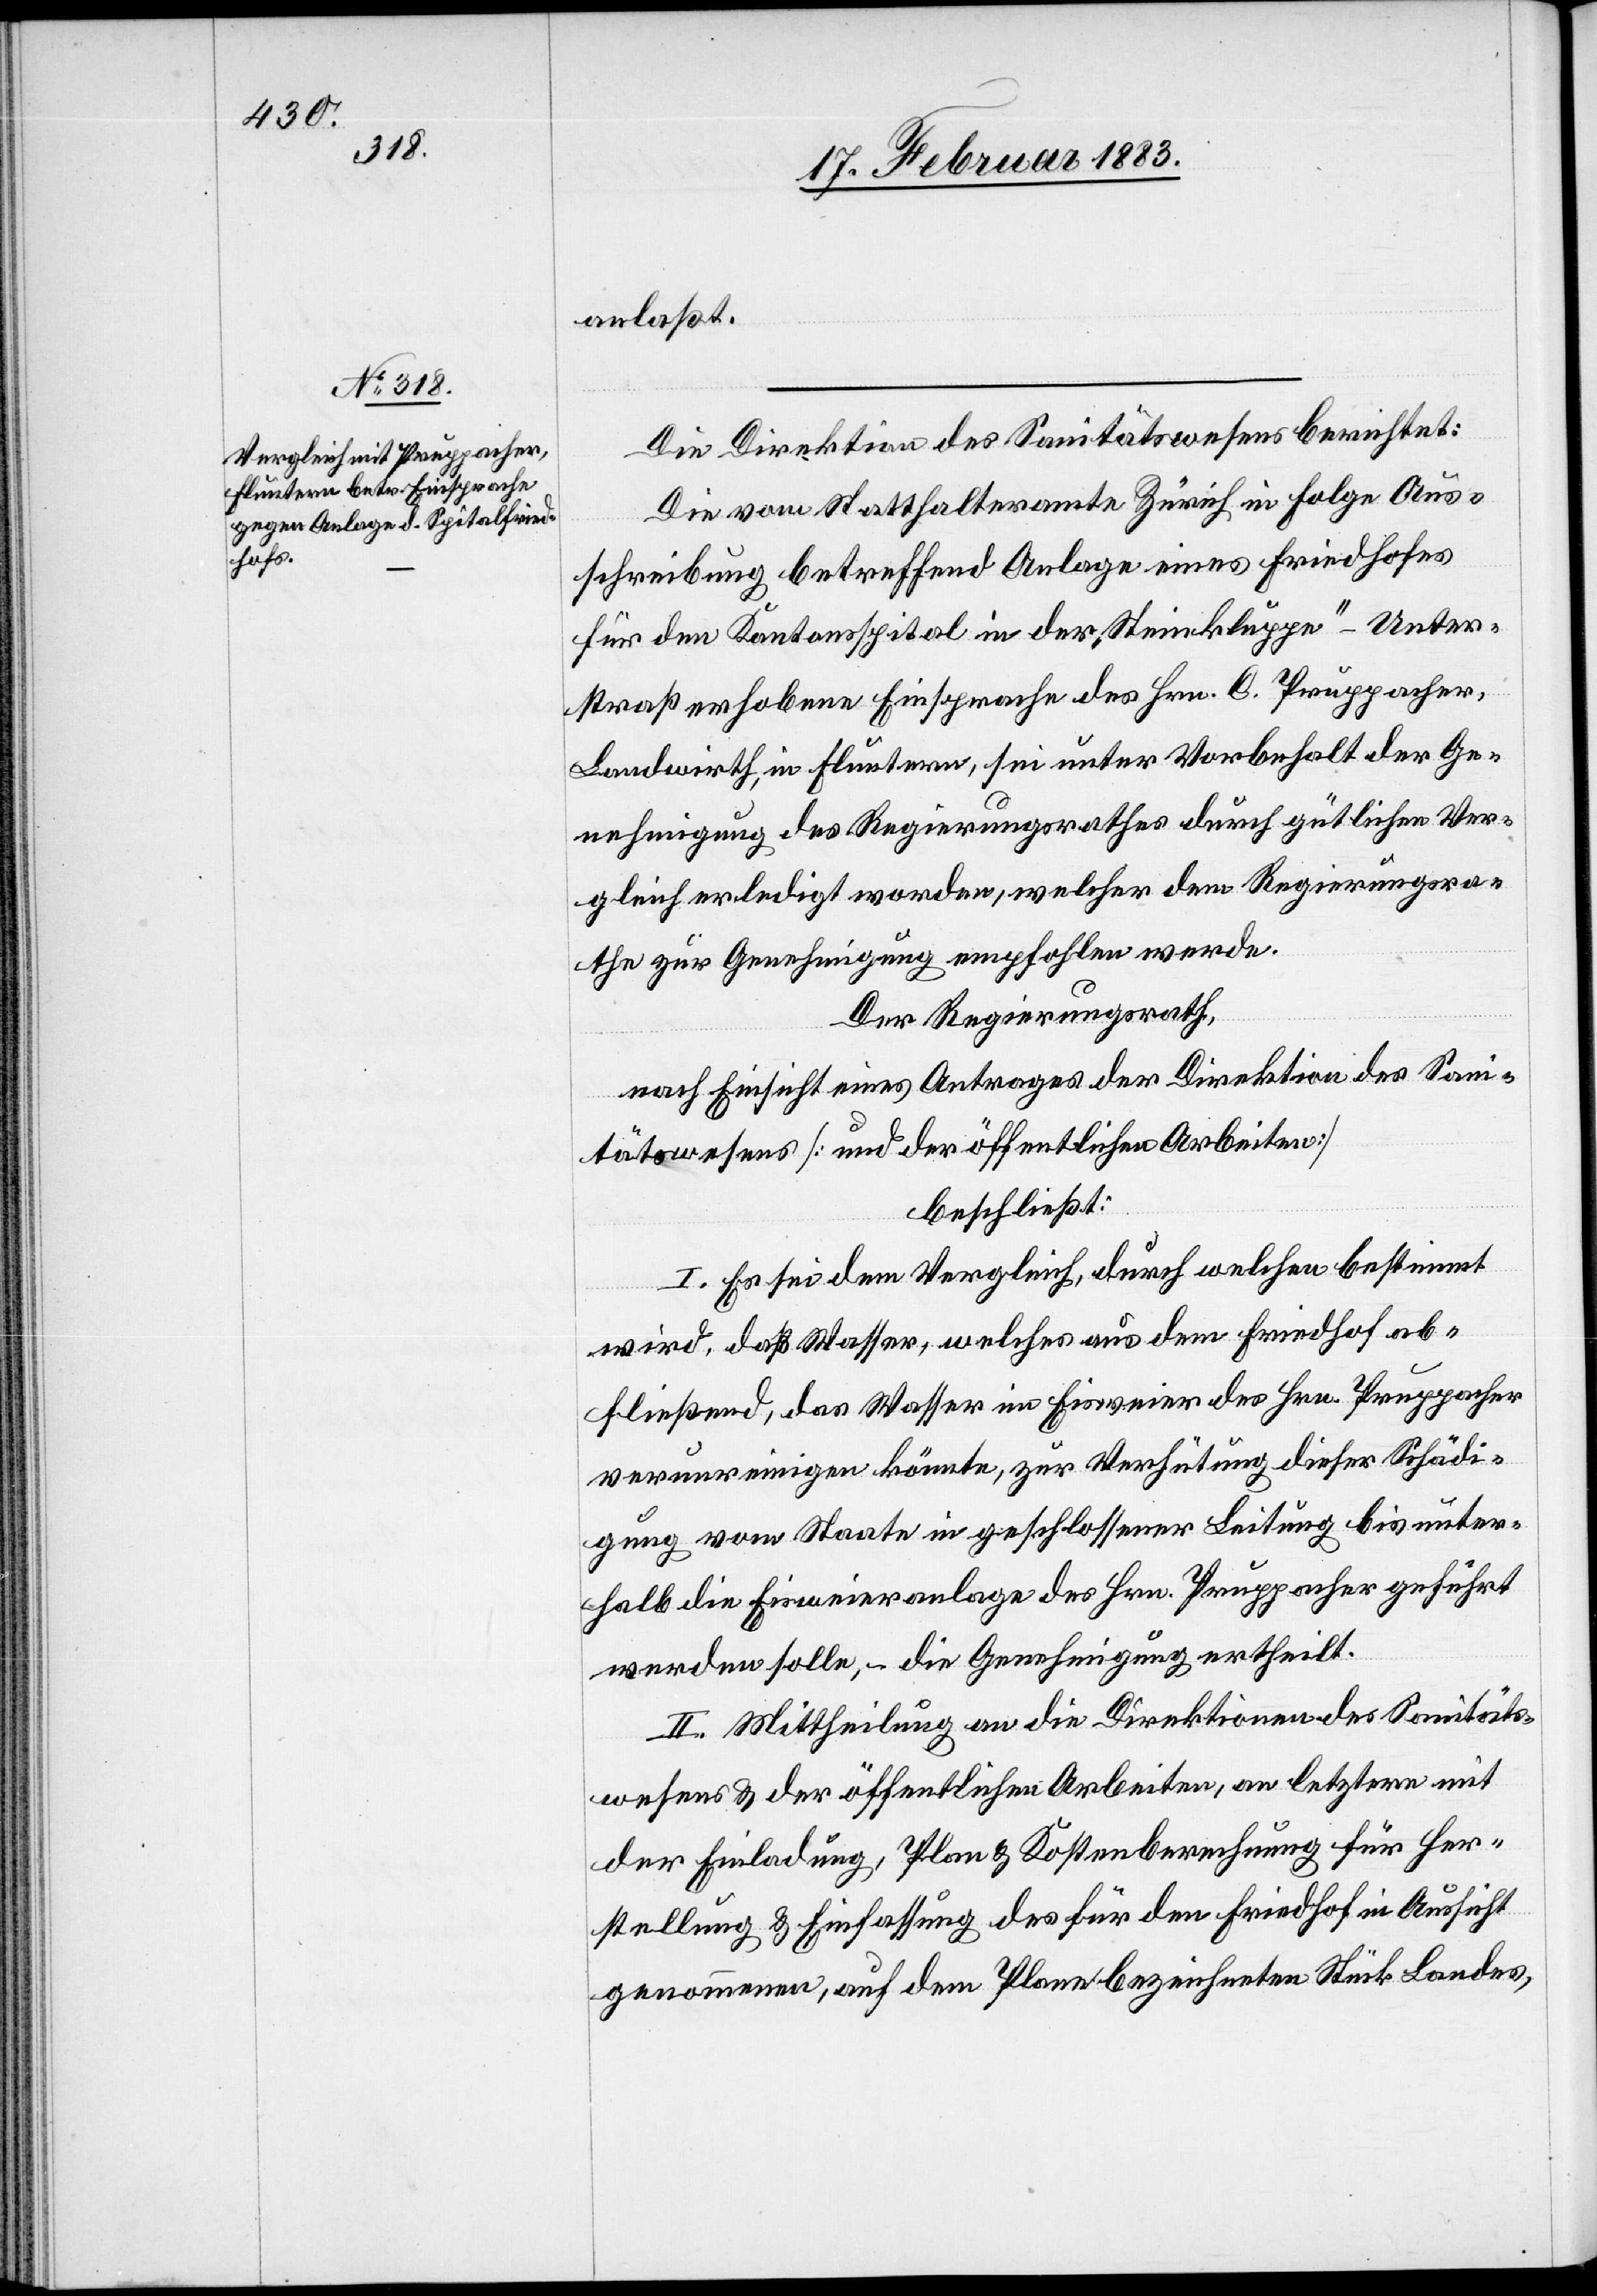
anlaßt.
Die Direktion des Sanitätswesens berichtet:
Die vom Statthalteramte Zürich in Folge Aus¬
schreibung betreffend Anlage eines Friedhofes
für den Kantonsspital in der „Steinkluppe“ - Unter¬
straß erhobene Einsprache des Hrn. C. Pruppacher,
Landwirth, in Fluntern, sei unter Vorbehalt der Ge¬
nehmigung des Regierungsrathes durch gütlichen Ver¬
gleich erledigt worden, welcher dem Regierungsrathe
Der Regierungsrath,
nach Einsicht eines Antrages der Direktion des San¬
itätswesens [und der öffentlichen Arbeiten]
beschließt:
I. Es sei dem Vergleich, durch welchen bestimmt
wird, daß Wasser, welches aus dem Friedhof ab¬
fließend, das Wasser im Eisweier des Hrn. Pruppacher
verunreinigen könnte, zur Verhütung dieser Schädi¬
gung vom Staate in geschlossener Leitung bis unter¬
halb die Eisweieranlage des Hrn. Pruppacher geführt
werden solle, – die Genehmigung ertheilt.
II. Mittheilung an die Direktionen des Sanitäts¬
wesens & der öffentlichen Arbeiten, an letztere mit
der Einladung, Plan & Kostenberechnung für Her¬
stellung & Einfassung des für den Friedhof in Aussicht
genommenen, auf dem Plane bezeichneten Stück Landes,